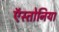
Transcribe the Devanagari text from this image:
ऍस्तोनिया